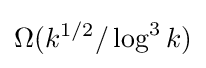
\Omega (k^{1/2}/\log ^{3}k)